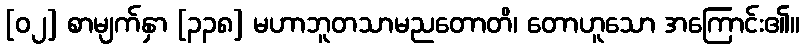
[၀၂] စာမျက်နှာ [၃၃၈] မဟာဘူတသာမညတောတိ၊ တောဟူသော အကြောင်း၏။